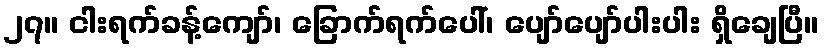
၂၇။ ငါးရက်ခန့်ကျော်၊ ခြောက်ရက်ပေါ်၊ ပျော်ပျော်ပါးပါး ရှိချေပြီ။